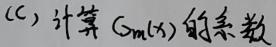
(c) 计算 $G_m(x)$ 的系数